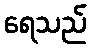
ရေသည်